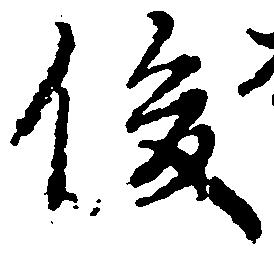
俊